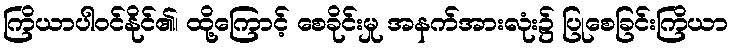
ကြိယာပါဝင်နိုင်၏၊ ထို့ကြောင့် စေခိုင်းမှု အနက်အားလုံး၌ ပြုစေခြင်းကြိယာ